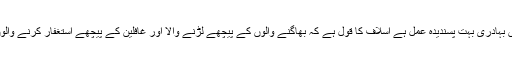
ایسے حالات میں بہادری بہت پسندیدہ عمل ہے اسلاف کا قول ہے کہ بھاگنے والوں کے پیچھے لڑنے والا اور غافلین کے پیچھے استغفار کرنے والوں کی طرح ہے۔